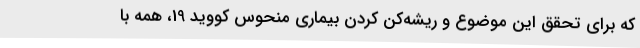
که برای تحقق این موضوع و ریشه‌کن کردن بیماری منحوس کووید 19، همه با